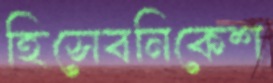
হিসেবনিকেশ